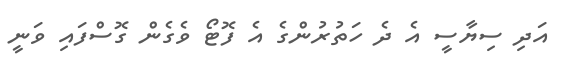
އަދި ސިޔާސީ އެ ދެ ހަތުރުންގެ އެ ފޮޓޯ ވެގެން ގޮސްފައި ވަނީ